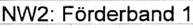
Text: NW2: Förderband 1